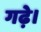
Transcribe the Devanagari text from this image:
गढ़े।